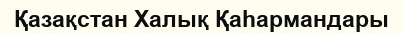
Қазақстан Халық Қаһармандары